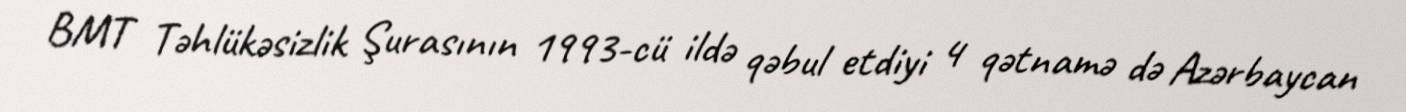
BMT Təhlükəsizlik Şurasının 1993-cü ildə qəbul etdiyi 4 qətnamə də Azərbaycan